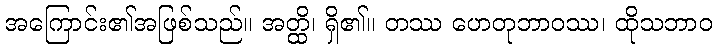
အကြောင်း၏အဖြစ်သည်။ အတ္ထိ၊ ရှိ၏။ တဿ ဟေတုဘာဝဿ၊ ထိုသဘာဝ